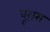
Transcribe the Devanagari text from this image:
बूग़रा